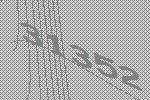
31352